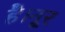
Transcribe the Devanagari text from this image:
है।नूर